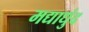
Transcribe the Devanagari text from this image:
मद्याधुंद